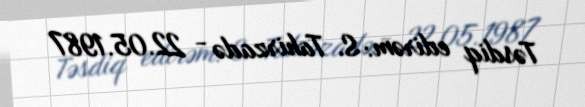
Təsdiq edirəm: S. Tahirzadə - 22.05.1987